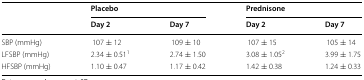
| <ROWSPAN=2>  | <COLSPAN=2> Placebo | <COLSPAN=2> Prednisone |
 | Day 2 | Day 7 | Day 2 | Day 7 |
 | --- | --- | --- | --- | --- |
 | SBP (mmHg) | 107 ± 12 | 109 ± 10 | 107 ± 15 | 105 ± 14 |
 | LFSBP (mmHg) | 2.34 ± 0.511 | 2.74 ± 1.50 | 3.08 ± 1.052 | 3.99 ± 1.75 |
 | HFSBP (mmHg) | 1.10 ± 0.47 | 1.17 ± 0.42 | 1.42 ± 0.38 | 1.24 ± 0.33 |